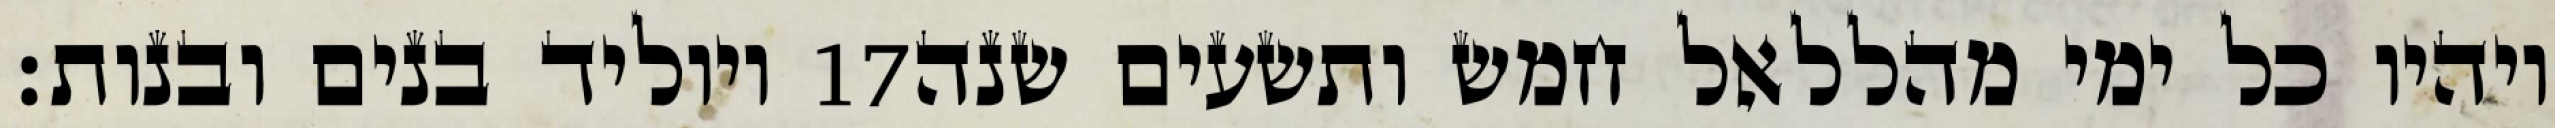
ויוליד בנים ובנות׃ ‎17‏ ויהיו כל ימי מהללאל חמש ותשעים שנה